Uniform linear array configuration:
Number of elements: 8
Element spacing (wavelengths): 1
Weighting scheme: kaiser
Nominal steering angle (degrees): -60
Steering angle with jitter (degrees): -60.957
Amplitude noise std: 0.05
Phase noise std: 0.05

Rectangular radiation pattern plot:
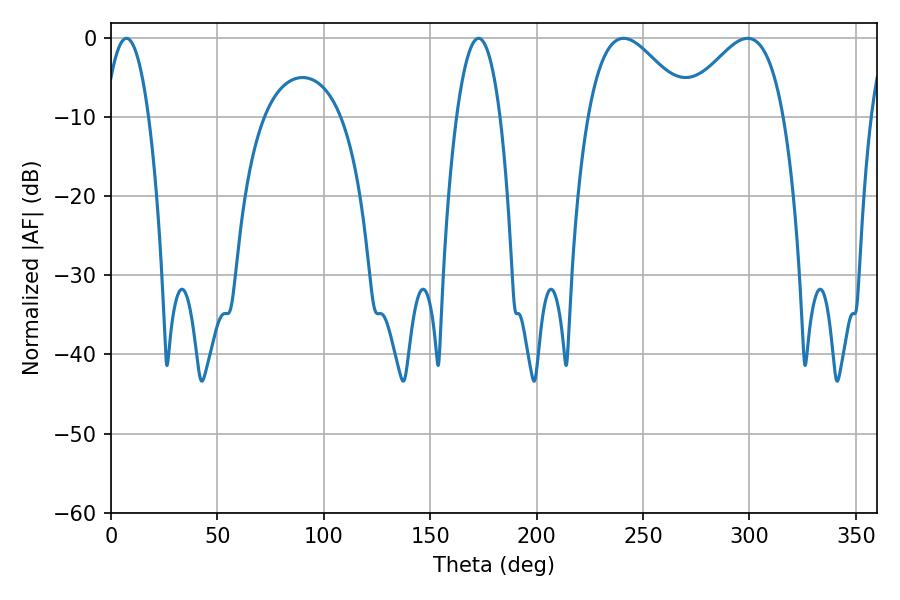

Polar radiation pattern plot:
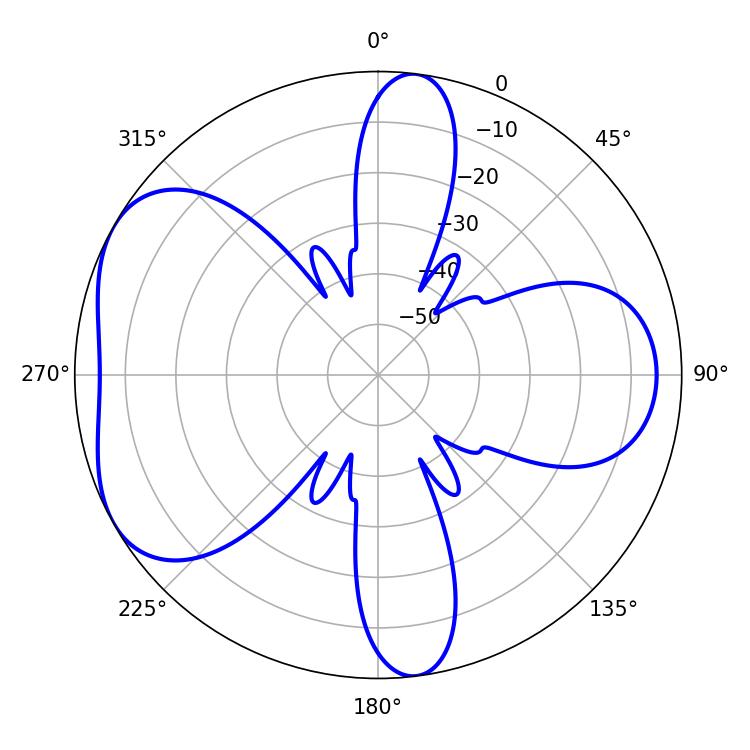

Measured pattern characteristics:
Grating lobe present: TRUE
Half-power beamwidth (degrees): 25.74
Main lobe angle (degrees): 240.84